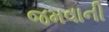
જમવાની